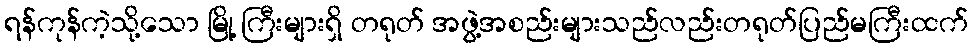
ရန်ကုန်ကဲ့သို့သော မြို့ ကြီးများရှိ တရုတ် အဖွဲ့အစည်းများသည်လည်းတရုတ်ပြည်မကြီးထက်